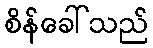
စိန်ခေါ်သည်